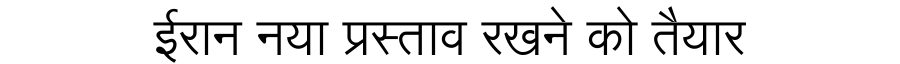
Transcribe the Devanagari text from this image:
ईरान नया प्रस्ताव रखने को तैयार